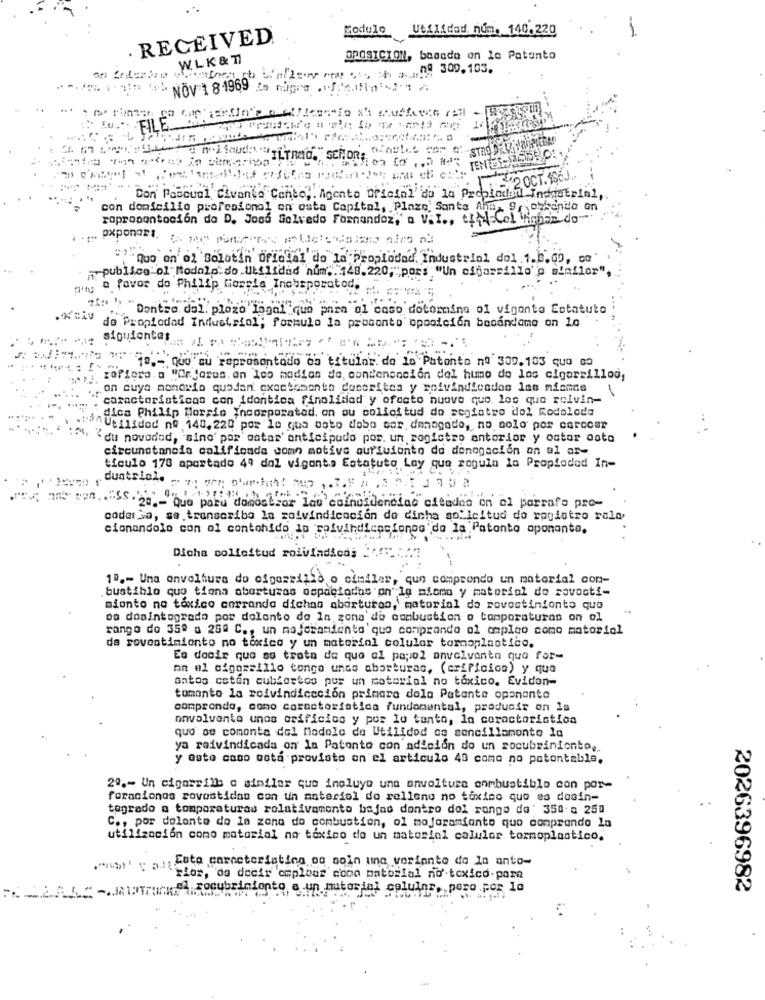
Modulo Utilidad. num. 140.220
--
· RECEIVED.
W.LK & 77
OROSICION, basada on la Patanto
ng 309.103.
NOV 1 8 1969 Za mugre .1.4.1fin12-1
FILE"
. Lu ..
..
5º2 OCT. 1Ş6J
Con Pascual Civanio Canto ,. Agento Dricial de la Propinden Industrial,
con domicilio profesional on esta Capital, Plazo Santa Ana, 9, ohcanto on
roprocentacion do D. Josh Selvedo Fernandez,' a V.I ., til-Col Vignes do
. .... Pxponors.
"Quo on ol Boletín Oficial do la Propiedad, Industrial dol .1.b.09, co
-- publics ol" Modolo do Utilidad num .. 148.220; pors "Un cigarrillo'p simflor",
"ung a favor do Philip Gassis Inobsporated,
... Dontro dol. plazo logal que para ol caso dotermina ol vigonto Estatuto
NAV de Propiedad Industrial; formulo la proconto oposición booándome on lo
siguientes
19 .- Que cu reprosontodo co titular. de la Patonto nº 309.103 quo oo
zoPiora.a "Orjaros. en 1co madias de, condensación del humo de los cigarrilloo,
on cuya momorfo quedan exactomento doscrites y reivindicados las mismas
caracteristicas con idontica finolitiad y ofacto nuove que los que roivin-
dica Philip Morris incorporated, on ou solicitud do registro dol modolode
inUtilidad no 140.220 por lo qua soto dobo cor. danagodo, no solo por carecer
"du novanad, sino' por astas' anticipado por. un registro anterior y ostor oota
circunstancia calificada comn motive aur'luionto de denegación on al ar-
tículo 178 apartado 49 dal vigonta Estatuto Lay que rogula la Propioded In-
ams sen .. "SS . 28-Que para damasbeor lau coincidencias citadas on el parrafa pre-
codar So, se transcribo la zolvindicoción de dicha solicitud do registro ralo
cionandolo con ol contohido lp poivindicpofonos do la Patonto oponanta.
Dicha solicitud roivindico; .
1º .- Una envoltura do cfgazzizio o similar, que comprendo un material con-
.bustiblo quo tiana aberturas espaciodas on" lg miomo y matorial do sovosti-
mionto no toxico cerrando dichas abortutoo, matorial do rovostinionto que
do doointegrado por dolonto do In zona de combustion o tomporaturas on ol
rango do 35º a 28º C ., un mejoramiento'quo comprando ol ompleo como matorial
de rovostimiento no toxico y un material celular termoplastico.
Es decir que se trata de que al papol anvolvanta qua for-
on el cigoscillo tongo unao aborturas, (orifícios) y que
Gatos coten cubiertos pur un motorial no tóxico. Evidan-
tomonto la roivindiccción primera dola Patente oponente
comprendo, como caracteristica fundamental, producir on la
envolvente unos orifícios y por lo tanto, la coractoristica
quo se comenta del Modolo do Utilidod ca sencillamonto la
ya reivindicada on' la Patonto con adición do un rocubminionto.
y auto caso octa provisto on el articulo 40 como no potontable.
2º .- Un cigarrilb o similar que incluye una onvoltura onmbustiblo con por-
foracionos rovostidas con un anteriol do relleno no tóxico que es dosin-
togrado o tomporaturas rolativamonto bajas dontro dol rango de' 350 a 250
C ., por delante do la zona do combustion, ol mojaramianto quo comprando la
utilización como matorial no tóxico de un material caluler termoplastico.
.">' ya cute caracteriating og soin ing vorianto do la anto-
""rior, de decir 'omplour copo material no' toxico.para
FREAh -warum socubrinionto e un material celuina, paro .por lo
2026396982